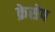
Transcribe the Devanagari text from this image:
क्रेसेप